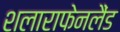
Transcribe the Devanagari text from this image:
शलाराफेनलैंड